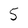
Character: 5